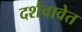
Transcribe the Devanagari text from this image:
दर्शवावेत